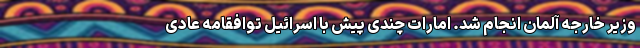
وزیر خارجه آلمان انجام شد. امارات چندی پیش با اسرائیل توافقامه عادی